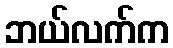
ဘယ်လက်က